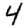
Digit: 4